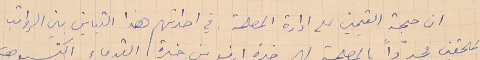
ان حجة القيمين على ادارة المصلحة، في احداثهم هذا التباين بين الرواتب